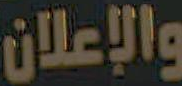
والإعلان